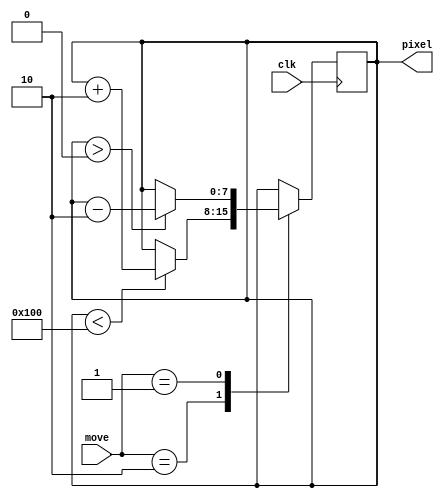
`timescale 1ns / 1ps
//////////////////////////////////////////////////////////////////////////////////
// Company: 
// Engineer: 
// 
// Design Name: 
// Module Name:    EncCounter 
// Project Name: 
// Target Devices: 
// Tool versions: 
// Description: 
//
// Dependencies: 
//
// Revision: 
// Revision 0.01 - File Created
// Additional Comments: 
//
//////////////////////////////////////////////////////////////////////////////////
module EncCounter(
	input clk,
	input [1:0] move,
	output reg [7:0] pixel
	 );
	 
	 //Max number of pixels
	parameter MAX = 256; 
	parameter FACTOR = 1;
	
	//initialize cursor 
	initial pixel = 16'b0;
	
	always @ (posedge clk) begin
		case(move)
			2'b00: pixel <= pixel;
			
			2'b10: begin
				if(pixel < MAX)
					pixel <= pixel + (1'b1 << FACTOR);
			end
			
			2'b01: begin
				if(pixel > 0)
					pixel <= pixel - (1'b1 << FACTOR);
			end
			
			default: pixel <= pixel;
		endcase
	end
endmodule